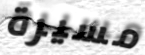
مسيرة